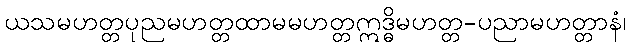
ယသမဟတ္တပုညမဟတ္တထာမမဟတ္တဣဒ္ဓိမဟတ္တ-ပညာမဟတ္တာနံ၊